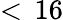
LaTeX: <\, 16